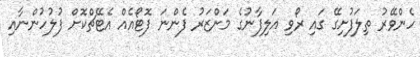
ހެންވޭރު ތިލަފުށިގޭ ގައި ރޯވި އަލިފާނުގެ މަންޒަރު ފެންނަ ފޮޓޯއެއް އެޓޭޗްކޮށް ފުލުހުންނާއި